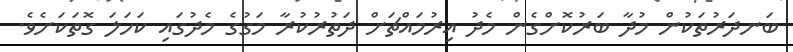
ބަނދަރުތަކުން މުދާ ބަރުކޮށްގެން މެދު އިރުމައްޗަށް ދަތުރުކުރާ މަގުގެ މެދުގައި ކަހަލަ ގޮތަކަށެވެ.